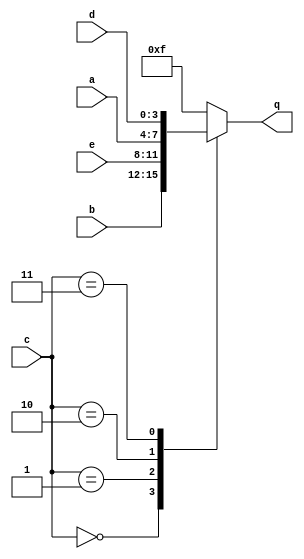
module top_module (
    input [3:0] a,
    input [3:0] b,
    input [3:0] c,
    input [3:0] d,
    input [3:0] e,
    output [3:0] q );
reg [3:0] q_reg;

always @(*)begin
    case (c)
        4'd0:q_reg = b;
        4'd1:q_reg = e;
        4'd2:q_reg = a;
        4'd3:q_reg = d;
        default:q_reg = 4'hf;
    endcase
end
assign q = q_reg;
endmodule